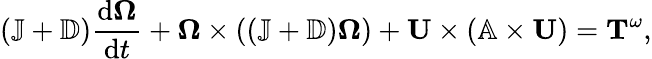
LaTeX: (\mathbb{J}+\mathbb{D})\frac{\mathrm{d}\boldsymbol{\Omega}}{\mathrm{d}t}+\boldsymbol{\Omega}\times((\mathbb{J}+\mathbb{D})\boldsymbol{\Omega})+\mathbf{U}\times(\mathbb{A}\times\mathbf{U})=\mathbf{T}^{\omega},